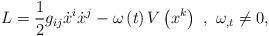
LaTeX: \begin{align*}L=\frac{1}{2}g_{ij}\dot{x}^{i}\dot{x}^{j}-\omega\left( t\right) V\left(x^{k}\right) ~,~\omega_{,t}\neq0, \end{align*}